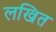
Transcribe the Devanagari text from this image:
लखित